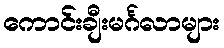
ကောင်းချီးမင်္ဂလာများ